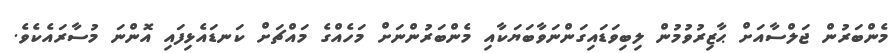
މެންބަރުން ޖަލްސާއަށް ޙާޒިރުވުމުން ލިބިވަޑައިގަންނަވާބަޔަކާއި މެންބަރުންނަށް މަހެއްގެ މައްޗަށް ކަނޑައެޅިފައި އޮންނަ މުސާރައެެކެވެ.